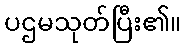
ပဌမသုတ်ပြီး၏။